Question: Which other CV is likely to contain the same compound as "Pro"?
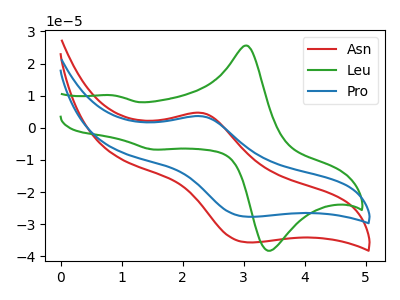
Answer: <think>The red curve "Asn" has an anodic peak at (2.30V, 4.65uA) and a cathodic peak at (3.05V, -35.65uA). The green curve "Leu" has anodic peaks at (3.05V, 25.55uA) (0.85V, 10.10uA) and cathodic peaks at (3.50V, -37.85uA) (1.55V, -6.75uA). The blue curve "Pro" has an anodic peak at (2.30V, 3.60uA) and a cathodic peak at (3.05V, -27.65uA).
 "Asn" and "Leu" have a different number of peaks. All the peaks in "Asn" have a peak in "Pro" at the same potential. Every peak in "Asn" is higher than every peak in "Pro". "Leu" and "Pro" have a different number of peaks.</think>
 <answer>The CV with the most similar shape to "Asn" is "Pro".</answer>
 <eval>"Pro"</eval>